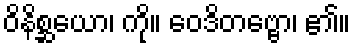
ဝိနိစ္ဆယော၊ ကို။ ဝေဒိတဗ္ဗော၊ ၏။